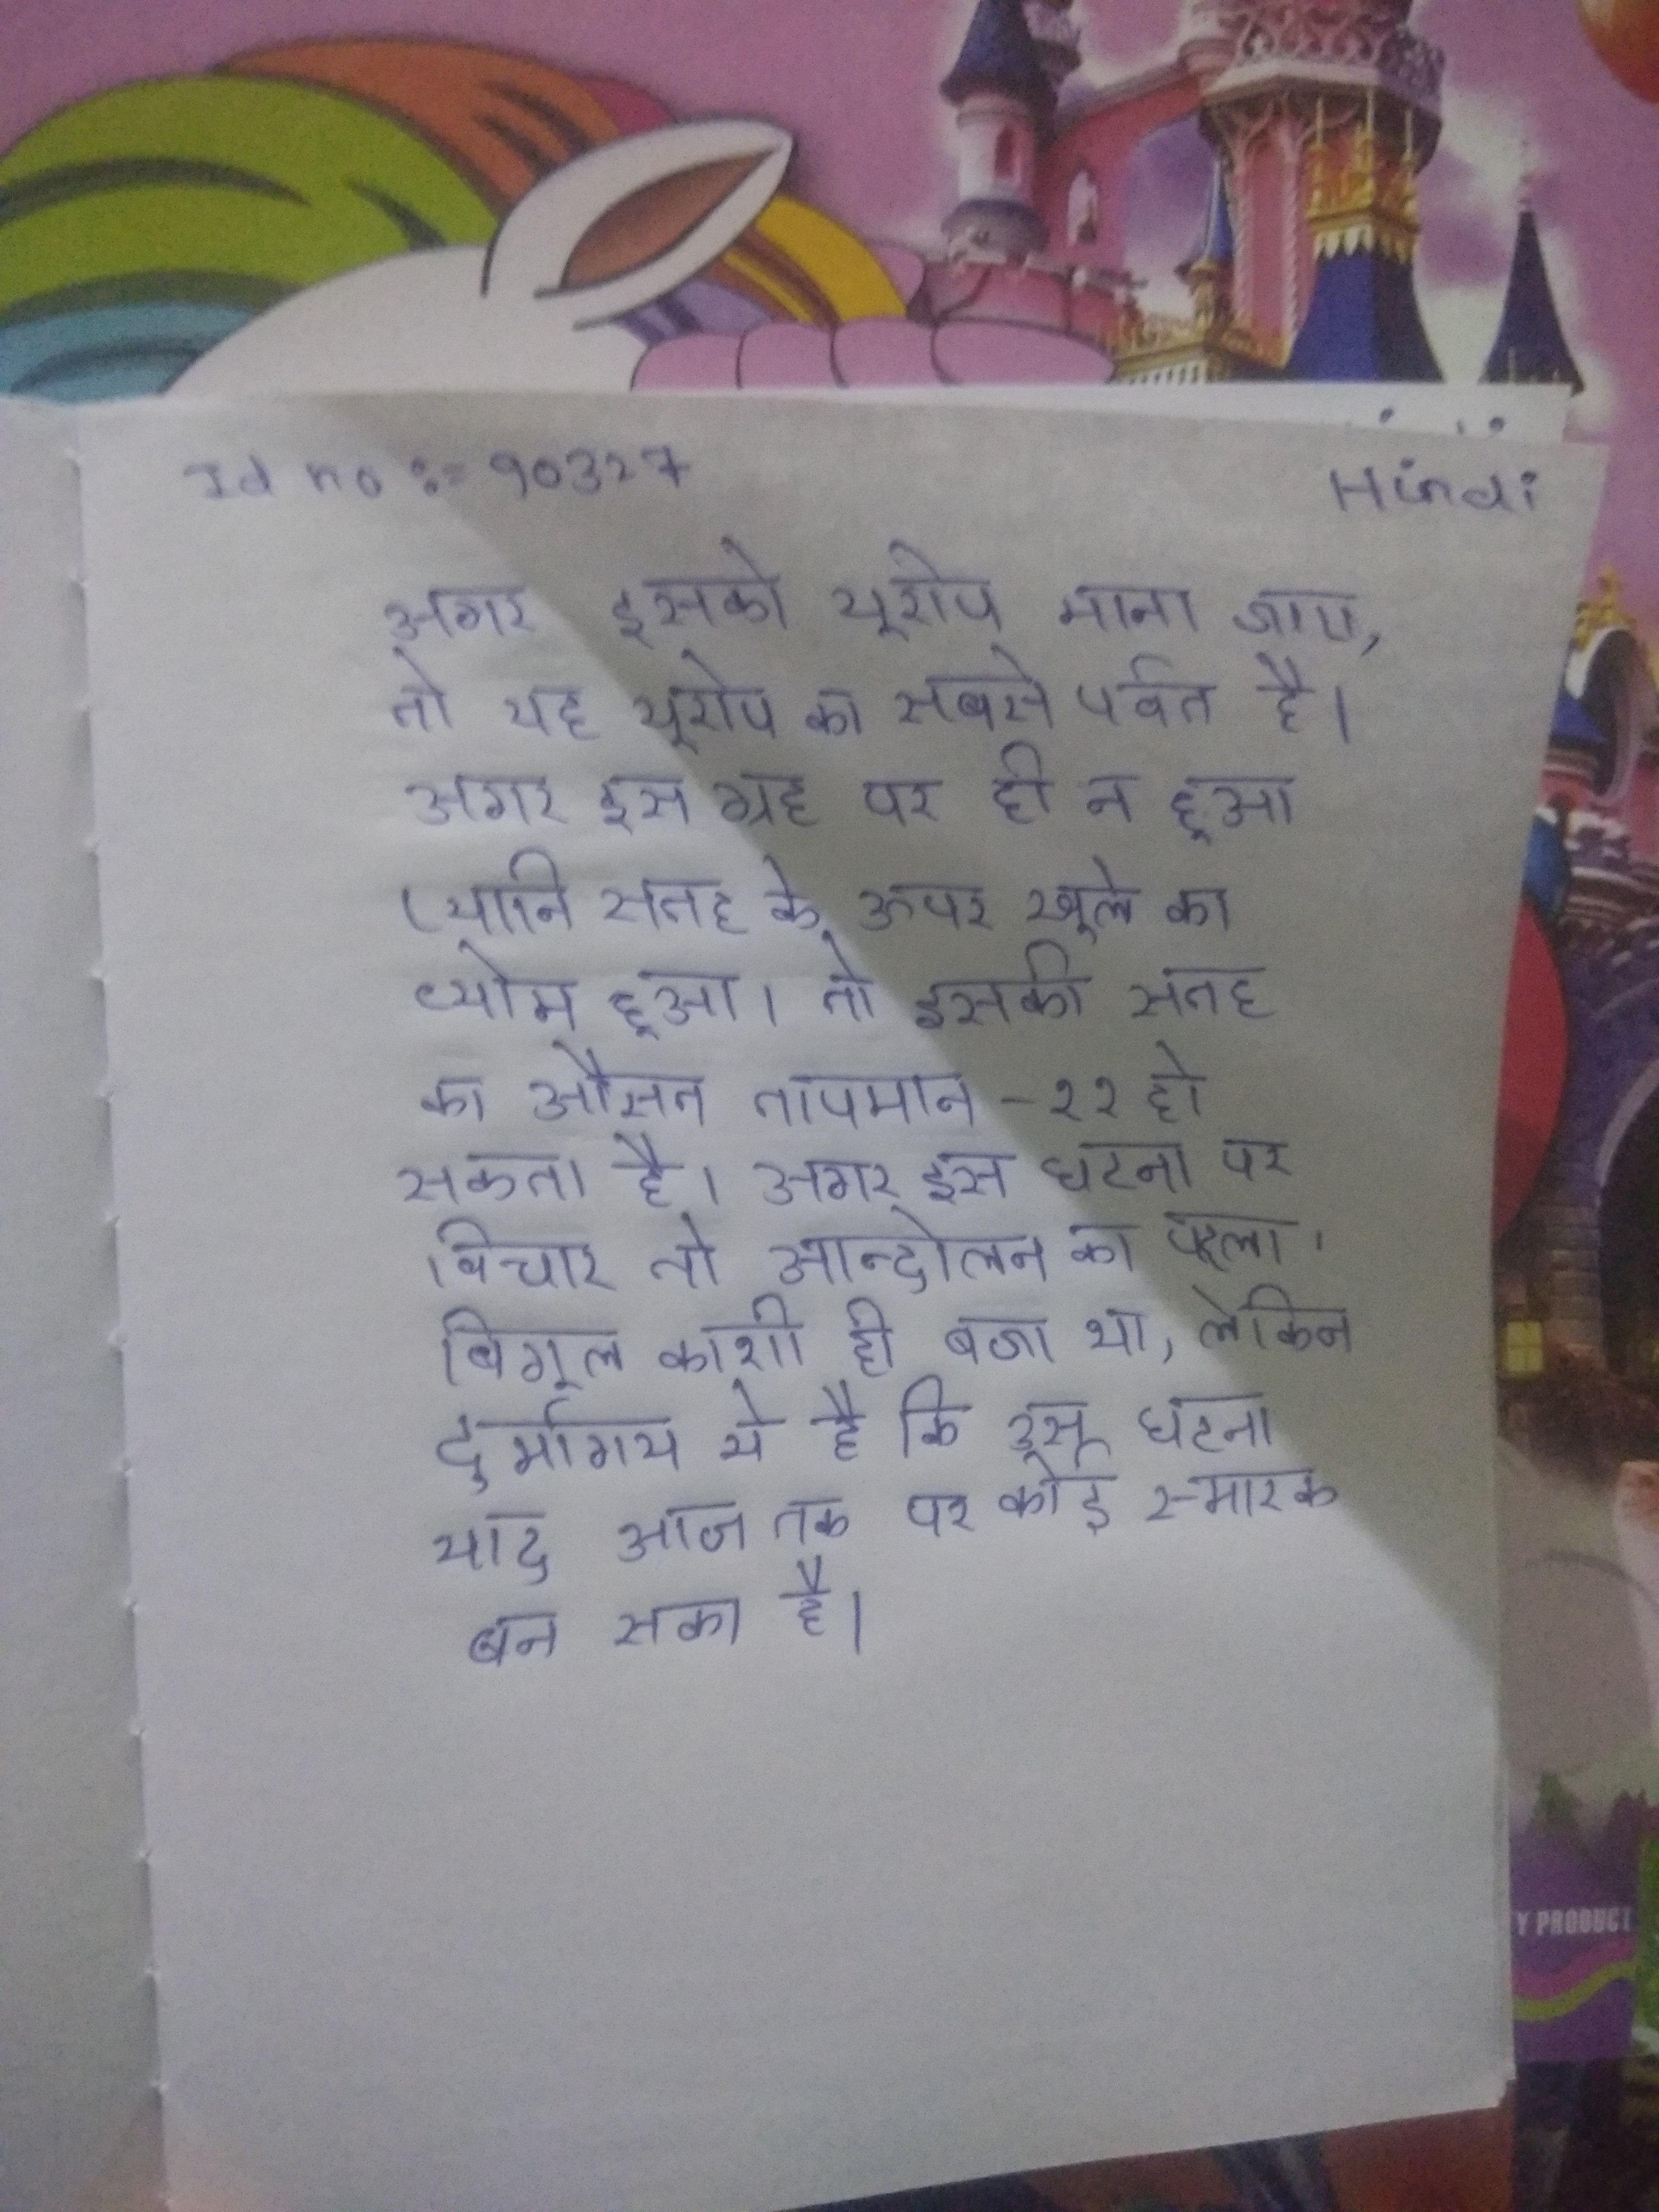
अगर इसको यूरोप माना जाए, तो यह यूरोप का सबसे पर्वत है । अगर इस ग्रह पर ही न हुआ (यानि सतह के ऊपर खुले का व्योम हुआ) तो इसकी सतह का औसत तापमान -११ हो सकता है । अगर इस घटना पर विचार तो आन्दोलन का पहला बिगुल काशी ही बजा था, लेकिन दुर्भाग्य ये है कि उस घटना याद आज तक पर कोई स्मारक बन सका है ।